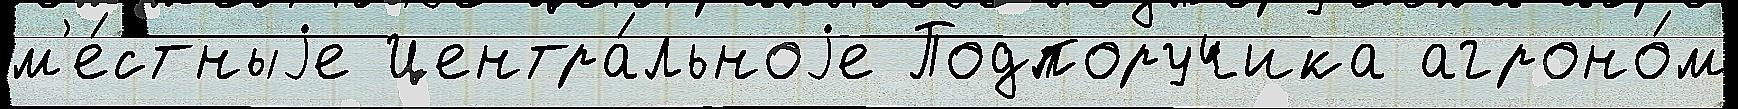
м'е́стныjе Центра́льноjе Подпоручика агроно́м